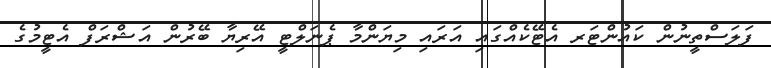
ފަލަސްތީނުން ކައުންޓަރ އެޓޭކެއްގައި އަރައި މިޔަންމާ ޕެނަލްޓީ އޭރިޔާ ބޭރުން އަޝްރަފް އެޓީމުގެ